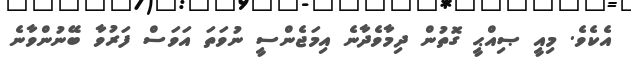
އެކެވެ. މިއީ ޞިއްޙީ ގޮތުން ދިމާވެދާނެ އިމަޖެންސީ ނުވަތަ އަވަސް ފަރުވާ ބޭނުންވާނެ